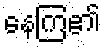
နေကြ၏